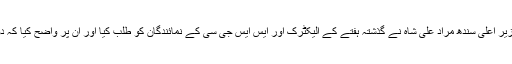
آگ برساتے موسم میں لوڈ شیڈنگ کا عذاب جھیلنے والے شہریوں کی داد رسی کے لیے وزیر اعلیٰ سندھ مراد علی شاہ نے گذشتہ ہفتے کے الیکٹرک اور ایس ایس جی سی کے نمائندگان کو طلب کیا اور ان پر واضح کیا کہ دونوں کمپنیوں کے باہمی تنازعے کی سزا شہریوں کو دینے کی اجازت نہیں دی جائے گی۔